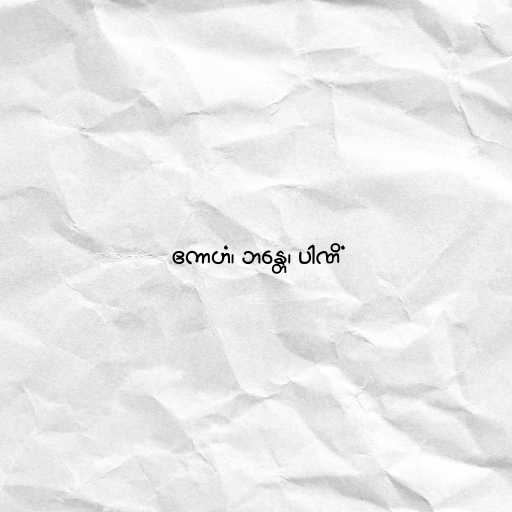
ဧကာဟံ၊ ဘန္တေ၊ ပါဏိံ